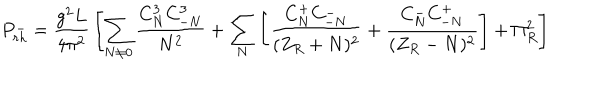
P _ { r h } ^ { - } = { \frac { g ^ { 2 } L } { 4 \pi ^ { 2 } } } \left[ \sum _ { N \neq 0 } { \frac { C _ { N } ^ { 3 } C _ { - N } ^ { 3 } } { N ^ { 2 } } } + \sum _ { N } \left[ { \frac { C _ { N } ^ { + } C _ { - N } ^ { - } } { ( Z _ { R } + N ) ^ { 2 } } } + { \frac { C _ { N } ^ { - } C _ { - N } ^ { + } } { ( Z _ { R } - N ) ^ { 2 } } } \right] + \Pi _ { R } ^ { 2 } \right]